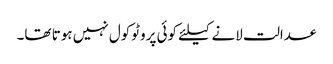
عدالت لانے کیلئے کوئی پروٹوکول نہیں ہوتا تھا۔